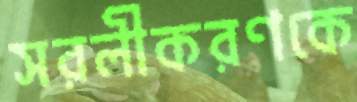
সরলীকরণকে